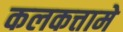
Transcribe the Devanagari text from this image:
कलकत्तामे